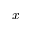
x